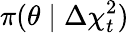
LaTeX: \pi(\theta\mid\Delta\chi_{t}^{2})